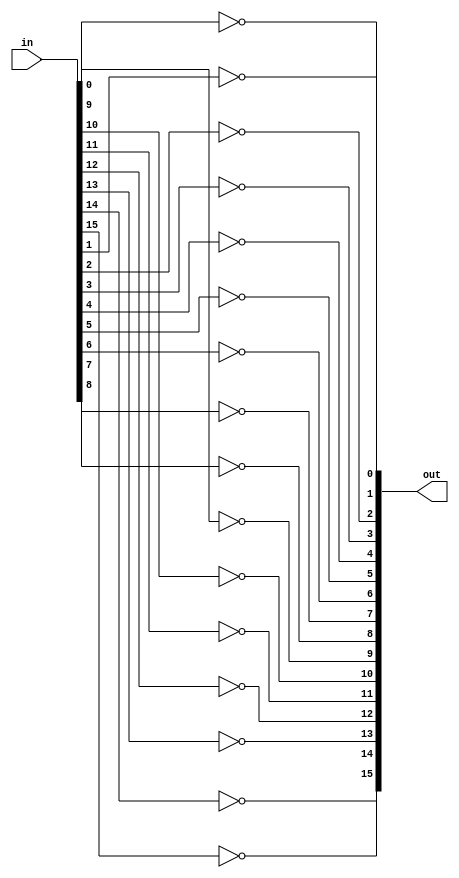
/* mdulo Not16 */

`ifndef _Not16_
`define _Not16_

module Not16(out, in);
    input [15:0] in;
    output [15:0] out;

    not n0(out[0], in[0]);
    not n1(out[1], in[1]);
    not n2(out[2], in[2]);
    not n3(out[3], in[3]);
    not n4(out[4], in[4]);
    not n5(out[5], in[5]);
    not n6(out[6], in[6]);
    not n7(out[7], in[7]);
    not n8(out[8], in[8]);
    not n9(out[9], in[9]);
    not n10(out[10], in[10]);
    not n11(out[11], in[11]);
    not n12(out[12], in[12]);
    not n13(out[13], in[13]);
    not n14(out[14], in[14]);
    not n15(out[15], in[15]);

    // Descrio de conexes internas do mdulo

endmodule

`endif